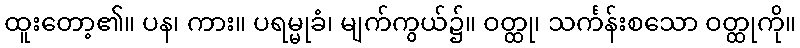
ထူးတော့၏။ ပန၊ ကား။ ပရမ္မုခံ၊ မျက်ကွယ်၌။ ဝတ္ထု၊ သင်္ကန်းစသော ဝတ္ထုကို။